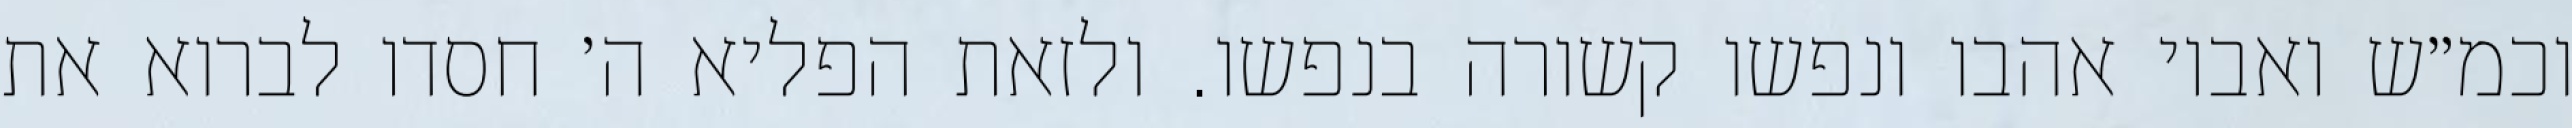
וכמ״ש ואביו אהבו ונפשו קשורה בנפשו. ולזאת הפליא ה׳ חסדו לברוא את